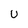
Character: U